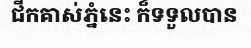
ជីកគាស់ភ្នំនេះ ក៏ទទួលបាន